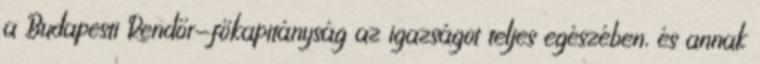
a Budapesti Rendőr-főkapitányság az igazságot teljes egészében, és annak